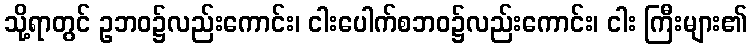
သို့ရာတွင် ဥဘဝ၌လည်းကောင်း၊ ငါးပေါက်စဘဝ၌လည်းကောင်း၊ ငါး ကြီးများ၏